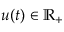
u ( t ) \in \mathbb { R } _ { + }